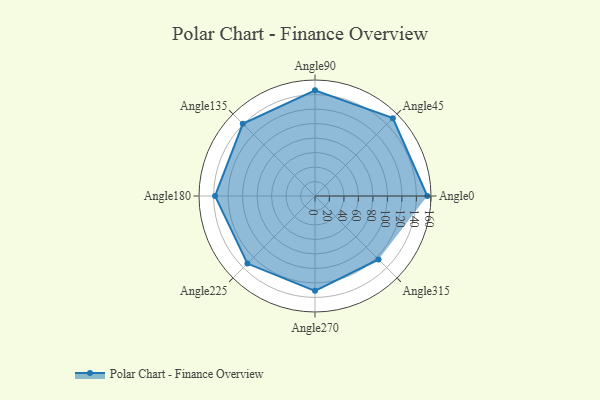
{"axis": {"x": "Angle", "y": "Radius"}, "legend": [""], "data": [{"x": "Angle0", "y": 155.0, "type": ""}, {"x": "Angle45", "y": 152.0, "type": ""}, {"x": "Angle90", "y": 146.0, "type": ""}, {"x": "Angle135", "y": 141.0, "type": ""}, {"x": "Angle180", "y": 138.0, "type": ""}, {"x": "Angle225", "y": 132.0, "type": ""}, {"x": "Angle270", "y": 131.0, "type": ""}, {"x": "Angle315", "y": 124.0, "type": ""}]}